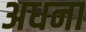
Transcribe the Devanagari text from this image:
अधना